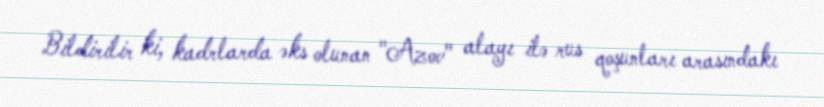
Bildirilir ki, kadrlarda əks olunan "Azov" alayı ilə rus qoşunları arasındakı